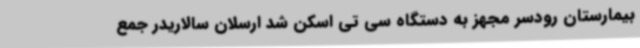
بیمارستان رودسر مجهز به دستگاه سی تی اسکن شد ارسلان سالاریدر جمع